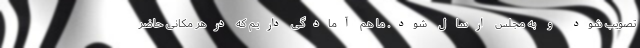
تصویب شود و به مجلس ارسال شود. ما هم آمادگی داریم که درهر مکانی حاضر